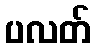
ပလတ်